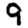
Digit: 9